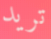
تريد